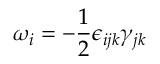
\omega _ { i } = - \frac { 1 } { 2 } \epsilon _ { i j k } \gamma _ { j k }